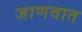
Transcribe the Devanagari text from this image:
जाणवात